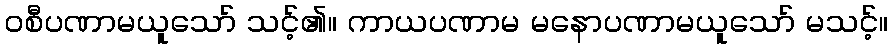
ဝစီပဏာမယူသော် သင့်၏။ ကာယပဏာမ မနောပဏာမယူသော် မသင့်။